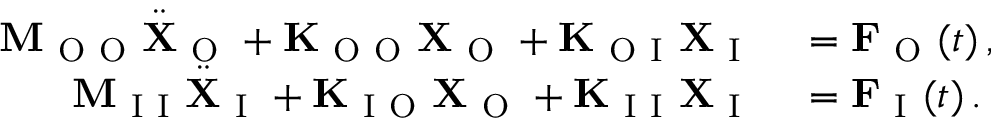
\begin{array} { r l } { \mathbf { M } _ { \mathrm { ~ O ~ O ~ } } \ddot { \mathbf { X } } _ { \mathrm { ~ O ~ } } + \mathbf { K } _ { \mathrm { ~ O ~ O ~ } } \mathbf { X } _ { \mathrm { ~ O ~ } } + \mathbf { K } _ { \mathrm { ~ O ~ I ~ } } \mathbf { X } _ { \mathrm { ~ I ~ } } } & { { } = \mathbf { F } _ { \mathrm { ~ O ~ } } ( t ) \, , } \\ { \mathbf { M } _ { \mathrm { ~ I ~ I ~ } } \ddot { \mathbf { X } } _ { \mathrm { ~ I ~ } } + \mathbf { K } _ { \mathrm { ~ I ~ O ~ } } \mathbf { X } _ { \mathrm { ~ O ~ } } + \mathbf { K } _ { \mathrm { ~ I ~ I ~ } } \mathbf { X } _ { \mathrm { ~ I ~ } } } & { { } = \mathbf { F } _ { \mathrm { ~ I ~ } } ( t ) \, . } \end{array}